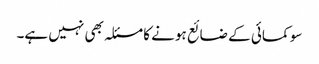
سو کمائی کے ضائع ہونے کا مسئلہ بھی نہیں ہے۔